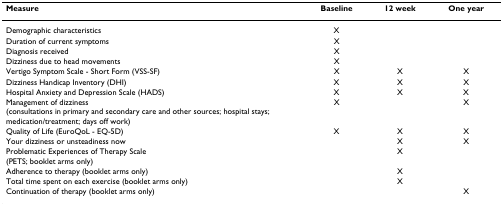
<table><thead><tr><td><b>Measure</b></td><td><b>Baseline</b></td><td><b>12 week</b></td><td><b>One year</b></td></tr></thead><tbody><tr><td>Demographic characteristics</td><td>X</td><td></td><td></td></tr><tr><td>Duration of current symptoms</td><td>X</td><td></td><td></td></tr><tr><td>Diagnosis received</td><td>X</td><td></td><td></td></tr><tr><td>Dizziness due to head movements</td><td>X</td><td></td><td></td></tr><tr><td>Vertigo Symptom Scale - Short Form (VSS-SF)</td><td>X</td><td>X</td><td>X</td></tr><tr><td>Dizziness Handicap Inventory (DHI)</td><td>X</td><td>X</td><td>X</td></tr><tr><td>Hospital Anxiety and Depression Scale (HADS)</td><td>X</td><td>X</td><td>X</td></tr><tr><td>Management of dizziness (consultations in primary and secondary care and other sources; hospital stays; medication/treatment; days off work)</td><td>X</td><td></td><td>X</td></tr><tr><td>Quality of Life (EuroQoL - EQ-5D)</td><td>X</td><td>X</td><td>X</td></tr><tr><td>Your dizziness or unsteadiness now</td><td></td><td>X</td><td>X</td></tr><tr><td>Problematic Experiences of Therapy Scale(PETS; booklet arms only)</td><td></td><td>X</td><td></td></tr><tr><td>Adherence to therapy (booklet arms only)</td><td></td><td>X</td><td></td></tr><tr><td>Total time spent on each exercise (booklet arms only)</td><td></td><td>X</td><td></td></tr><tr><td>Continuation of therapy (booklet arms only)</td><td></td><td></td><td>X</td></tr></tbody></table>